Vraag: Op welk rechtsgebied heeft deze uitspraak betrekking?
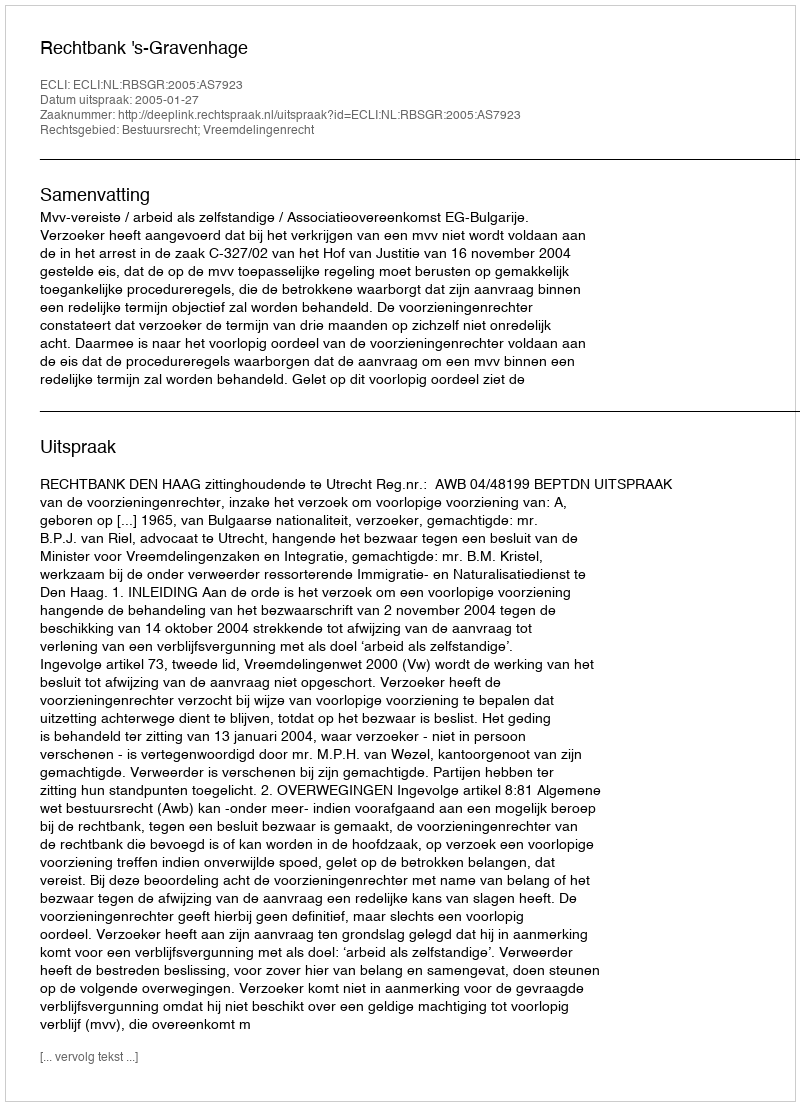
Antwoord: Bestuursrecht; Vreemdelingenrecht